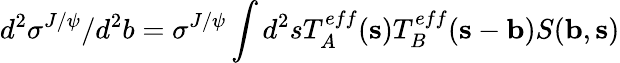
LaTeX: d^{2}\sigma^{J/\psi}/d^{2}b=\sigma^{J/\psi}\int d^{2}sT_{A}^{eff}({\mathbf s})T_{B}^{eff}({\mathbf s}-{\mathbf b})S({\mathbf b},{\mathbf s})